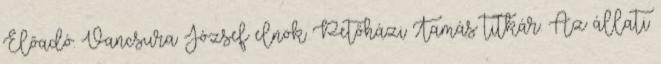
Előadó: Vancsura József elnök Petőházi Tamás titkár. Az állati